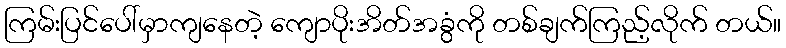
ကြမ်းပြင်ပေါ်မှာကျနေတဲ့ ကျောပိုးအိတ်အခွံကို တစ်ချက်ကြည့်လိုက် တယ်။